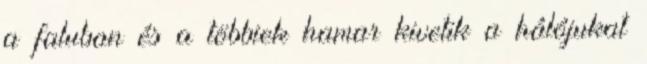
a faluban és a többiek hamar kivetik a hálójukat